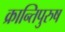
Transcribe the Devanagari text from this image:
क्रान्तिपुरुष